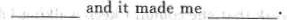
___ and it made me ___